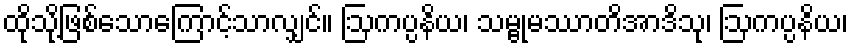
ထိုသို့ဖြစ်သောကြောင့်သာလျှင်။ ဩကပ္ပနိယ၊ သမ္ဗုမဿာတိအာဒိသု၊ ဩကပ္ပနိယ၊